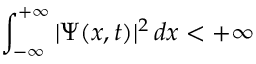
\int _ { - \infty } ^ { + \infty } | \Psi ( x , t ) | ^ { 2 } \, d x < + \infty